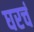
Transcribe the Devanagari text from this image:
घरचं